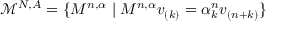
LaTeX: \mathcal { M } ^ { N , A } = \{ M ^ { n , \alpha } \mid M ^ { n , \alpha } v _ { ( k ) } = \alpha _ { k } ^ { n } v _ { ( n + k ) } \}